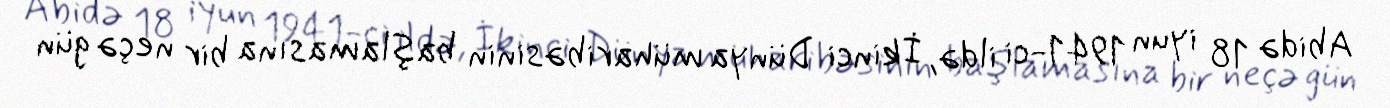
Abidə 18 iyun 1941-ci ildə, İkinci Dünya müharibəsinin başlamasına bir neçə gün